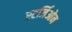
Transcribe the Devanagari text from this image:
स्टर्जिओन